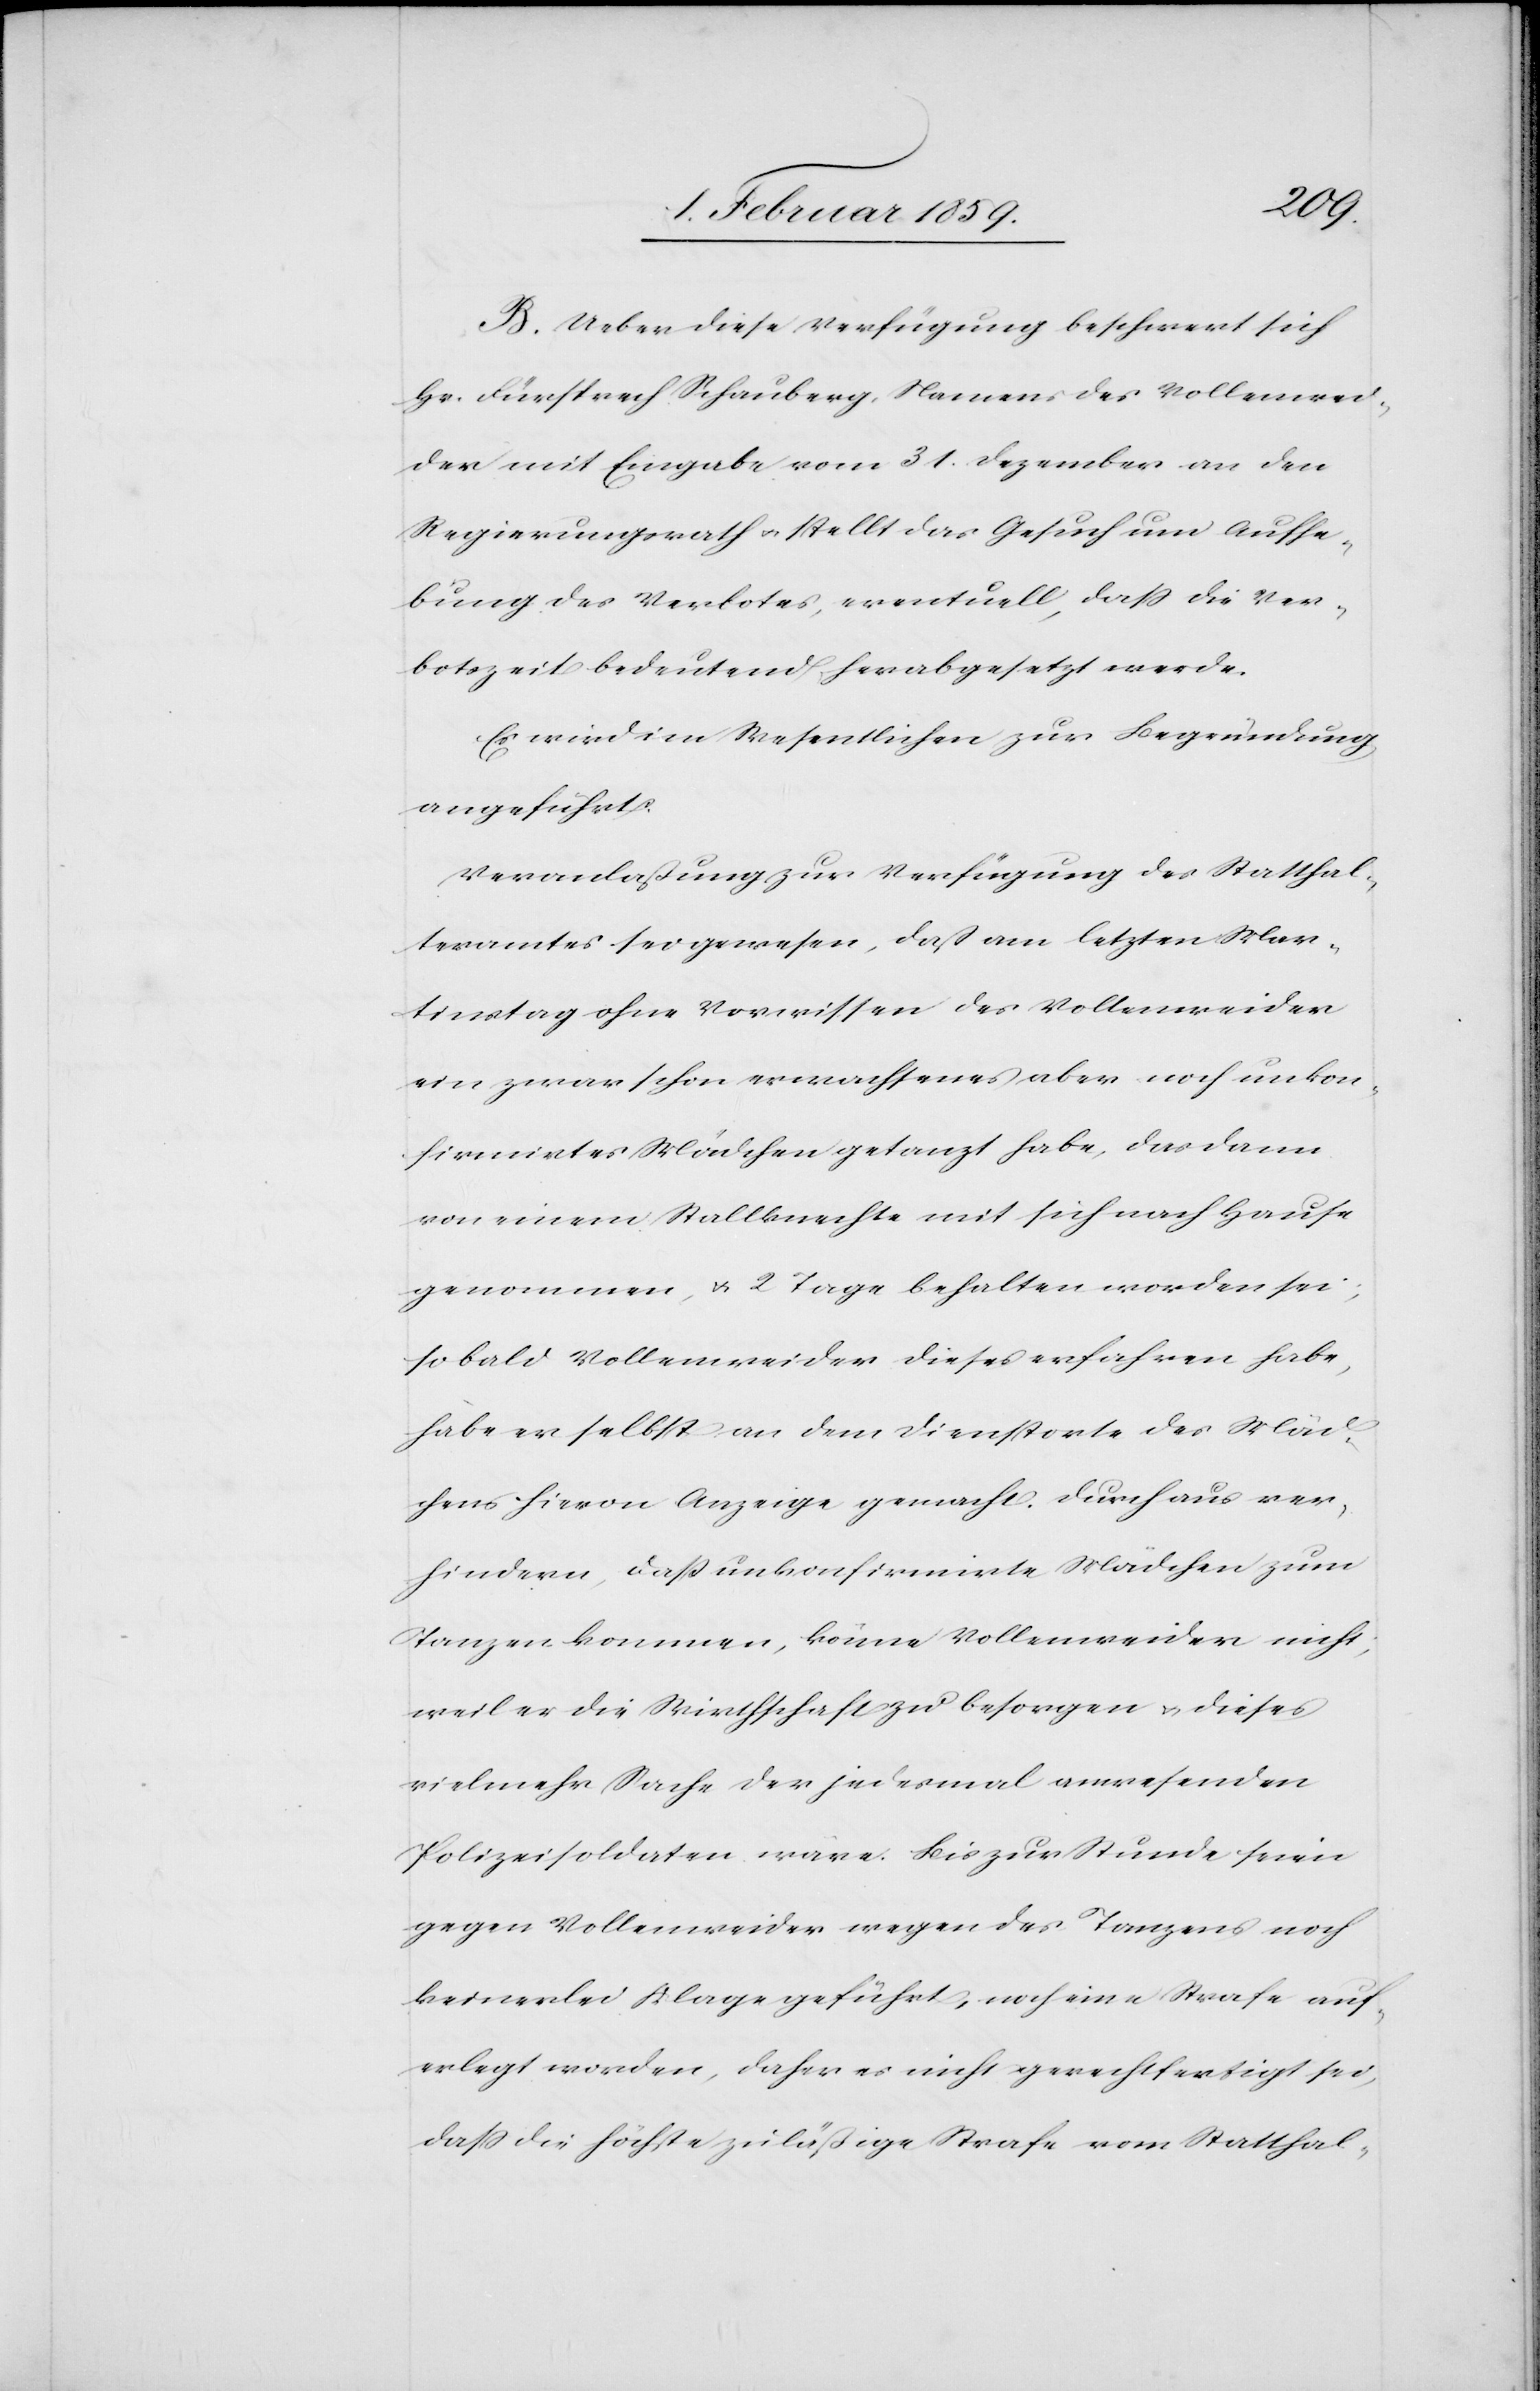
B. Ueber diese Verfügung beschwert sich
Hr. Fürsprech Schauberg, Namens des Vollenwei¬
der mit Eingabe vom 31. Dezember an den
Regierungsrath u. stellt das Gesuch um Aufhe¬
bung des Verbotes, eventuell, daß die Ver¬
botszeit bedeutend herabgesetzt werde.
Es wird im Wesentlichen zur Begründung
angeführt:
Veranlaßung zur Verfügung des Statthal¬
teramtes sei gewesen, daß am letzten Mar¬
tinstag ohne Vorwissen des Vollenweider
ein zwar schon erwachsenes aber noch unkon¬
firmirtes Mädchen getanzt habe, das dann
von einem Stallknechte mit sich nach Hause
genommen, u. 2 Tage behalten worden sei;
sobald Vollenweider dieses erfahren habe,
habe er selbst an dem Dienstorte des Mäd¬
chens hievon Anzeige gemacht. Durchaus ver¬
hindern, daß unkonfirmirte Mädchen zum
Tanzen kommen, könne Vollenweider nicht;
weil er die Wirthschaft zu besorgen u. dieses
vielmehr Sache der jedesmal anwesenden
Polizeisoldaten wäre. Bis zur Stunde seien
gegen Vollenweider wegen des Tanzens noch
keinerlei Klage geführt, noch eine Strafe auf¬
erlegt worden, daher es nicht gerechtfertigt sei,
daß die höchste zuläßige Strafe vom Statthal-